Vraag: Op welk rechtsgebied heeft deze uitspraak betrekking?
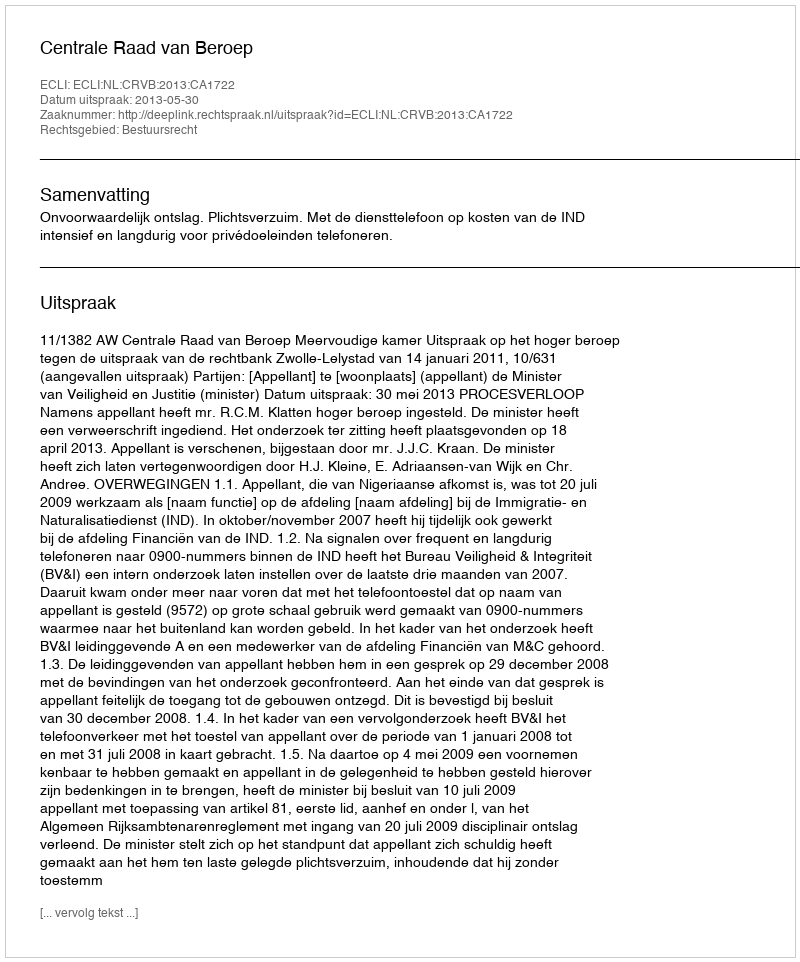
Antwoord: Bestuursrecht